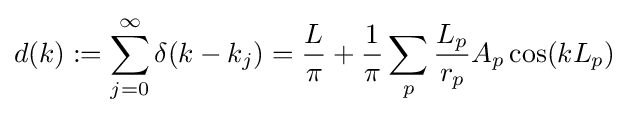
d(k):=\sum _{j=0}^{\infty }\delta (k-k_{j})={\frac {L}{\pi }}+{\frac {1}{\pi }}\sum _{p}{\frac {L_{p}}{r_{p}}}A_{p}\cos(kL_{p})